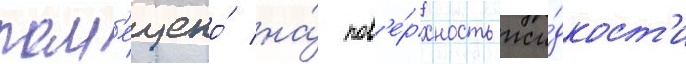
пом'ещено́ на́ пов'е́рхность жи́дкост'и